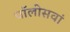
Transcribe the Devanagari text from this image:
चॉलीसवां